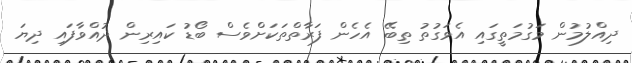
ދިއްލުމުން މަގުމަތީގައި އެވަގުތު ތިބޭ އެހެން ފަރާތްތަކަށްވެސް ބޯޑު ކައިރިން ދުއްވާފައި ދިޔަ